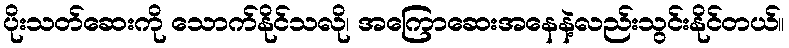
ပိုးသတ်ဆေးကို သောက်နိုင်သလို၊ အကြောဆေးအနေနဲ့လည်းသွင်းနိုင်တယ်။